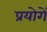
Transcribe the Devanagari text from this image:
प्रयोगें